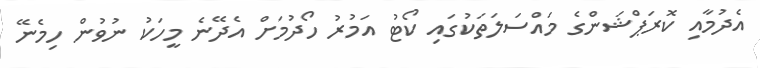
އެދުމާއި ކޮރަޕްޝަންގެ މައްސަލަތަކުގައި ކޯޓު އަމުރު ހޯދުމަށް އެދޭނެ މީހަކު ނުވުން ހިމެނޭ